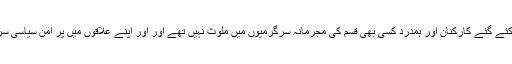
ترجمان نے کہاکہ گرفتار کئے گئے کارکنان اور ہمدرد کسی بھی قسم کی مجرمانہ سرگرمیوں میں ملوث نہیں تھے اور اور اپنے علاقوں میں پر امن سیاسی سرگرمیوں میں شریک تھے۔